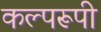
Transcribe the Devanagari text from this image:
कल्परूपी